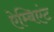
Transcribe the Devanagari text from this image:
ऐम्बिएंट